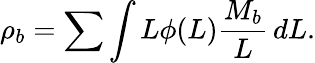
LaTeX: \rho_{b}=\sum\int L\phi(L){\frac{M_{b}}{L}}\, dL.